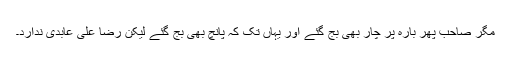
مگر صاحب پھر بارہ پر چار بھی بج گئے اور یہاں تک کہ پانچ بھی بج گئے لیکن رضا علی عابدی ندارد۔